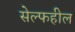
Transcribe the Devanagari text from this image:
सेल्फहील